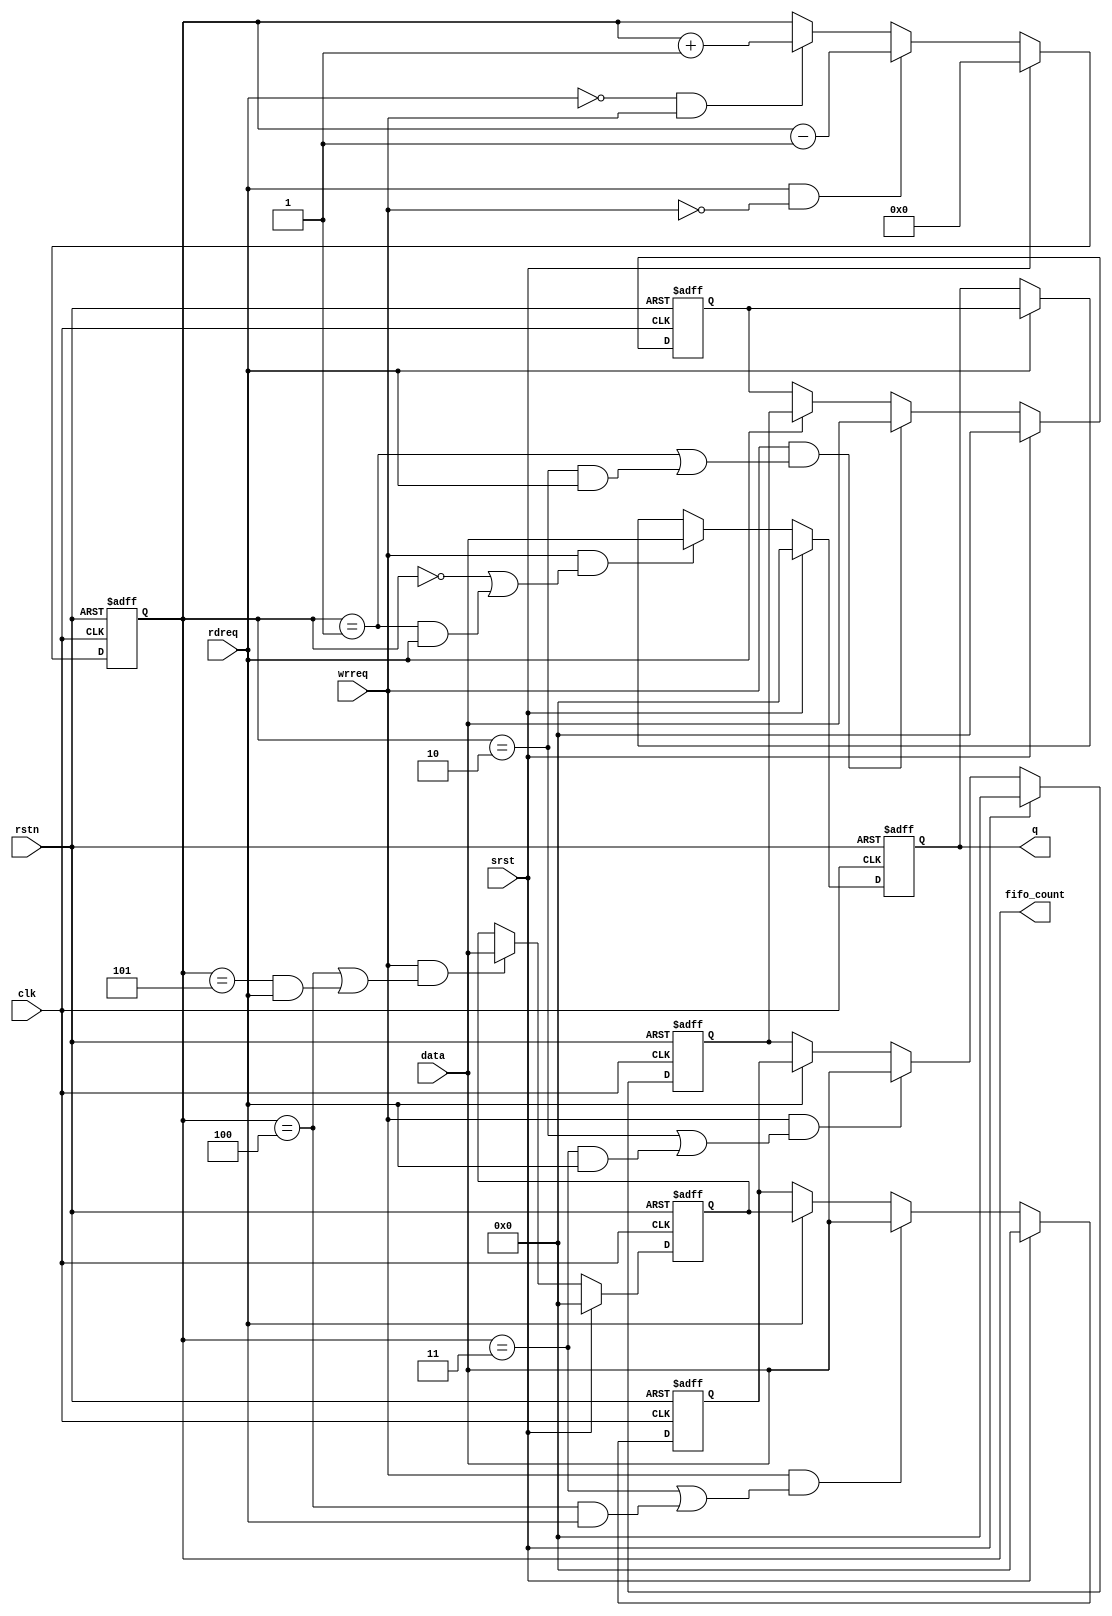
module altpciexpav_stif_reg_fifo
#(
   parameter FIFO_DEPTH = 5,
   parameter DATA_WIDTH = 304
  )
  (
    input                         clk,
    input                         rstn,
    input                         srst,
    input                         wrreq,
    input                         rdreq,
    input  [DATA_WIDTH-1:0]       data,  
    output [DATA_WIDTH-1:0]       q,
    output reg [3:0]              fifo_count
   );
   reg  [DATA_WIDTH-1:0]          fifo_reg[FIFO_DEPTH-1:0];
   wire [FIFO_DEPTH-1:0]          fifo_wrreq;  
 always @(posedge clk or negedge rstn)
    begin
      if(~rstn)
        fifo_count <= 4'h0;
      else if (srst)
            fifo_count <= 4'h0;
         else if (rdreq & ~wrreq)
            fifo_count <= fifo_count - 1;
         else if(~rdreq & wrreq)
            fifo_count <= fifo_count + 1;
    end
generate
  genvar i;
  for(i=0; i< FIFO_DEPTH -1; i=i+1)
    begin: register_array
       assign fifo_wrreq[i] = wrreq & (fifo_count == i | (fifo_count == i + 1 & rdreq)) ;
       always @(posedge clk or negedge rstn)
         begin
           if(~rstn)
             fifo_reg[i] <= {DATA_WIDTH{1'b0}};
           else if (srst)
             fifo_reg[i] <= {DATA_WIDTH{1'b0}};
           else if(fifo_wrreq[i])
             fifo_reg[i] <= data;
           else if(rdreq)
             fifo_reg[i] <= fifo_reg[i+1];
         end
       end
  endgenerate
 assign fifo_wrreq[FIFO_DEPTH-1] = wrreq & (fifo_count == FIFO_DEPTH - 1 | (fifo_count == FIFO_DEPTH & rdreq)) ;    
 always @(posedge clk or negedge rstn)
  begin
    if(~rstn)
      fifo_reg[FIFO_DEPTH-1] <= {DATA_WIDTH{1'b0}};
    else if (srst)
       fifo_reg[FIFO_DEPTH-1] <= {DATA_WIDTH{1'b0}};
    else if(fifo_wrreq[FIFO_DEPTH-1])
      fifo_reg[FIFO_DEPTH-1] <= data;
  end
assign q = fifo_reg[0];
endmodule